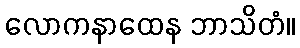
လောကနာထေန ဘာသိတံ။